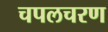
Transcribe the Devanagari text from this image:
चपलचरण